NAE_ERA_R-2362_Emakeele_Selts, lk 11
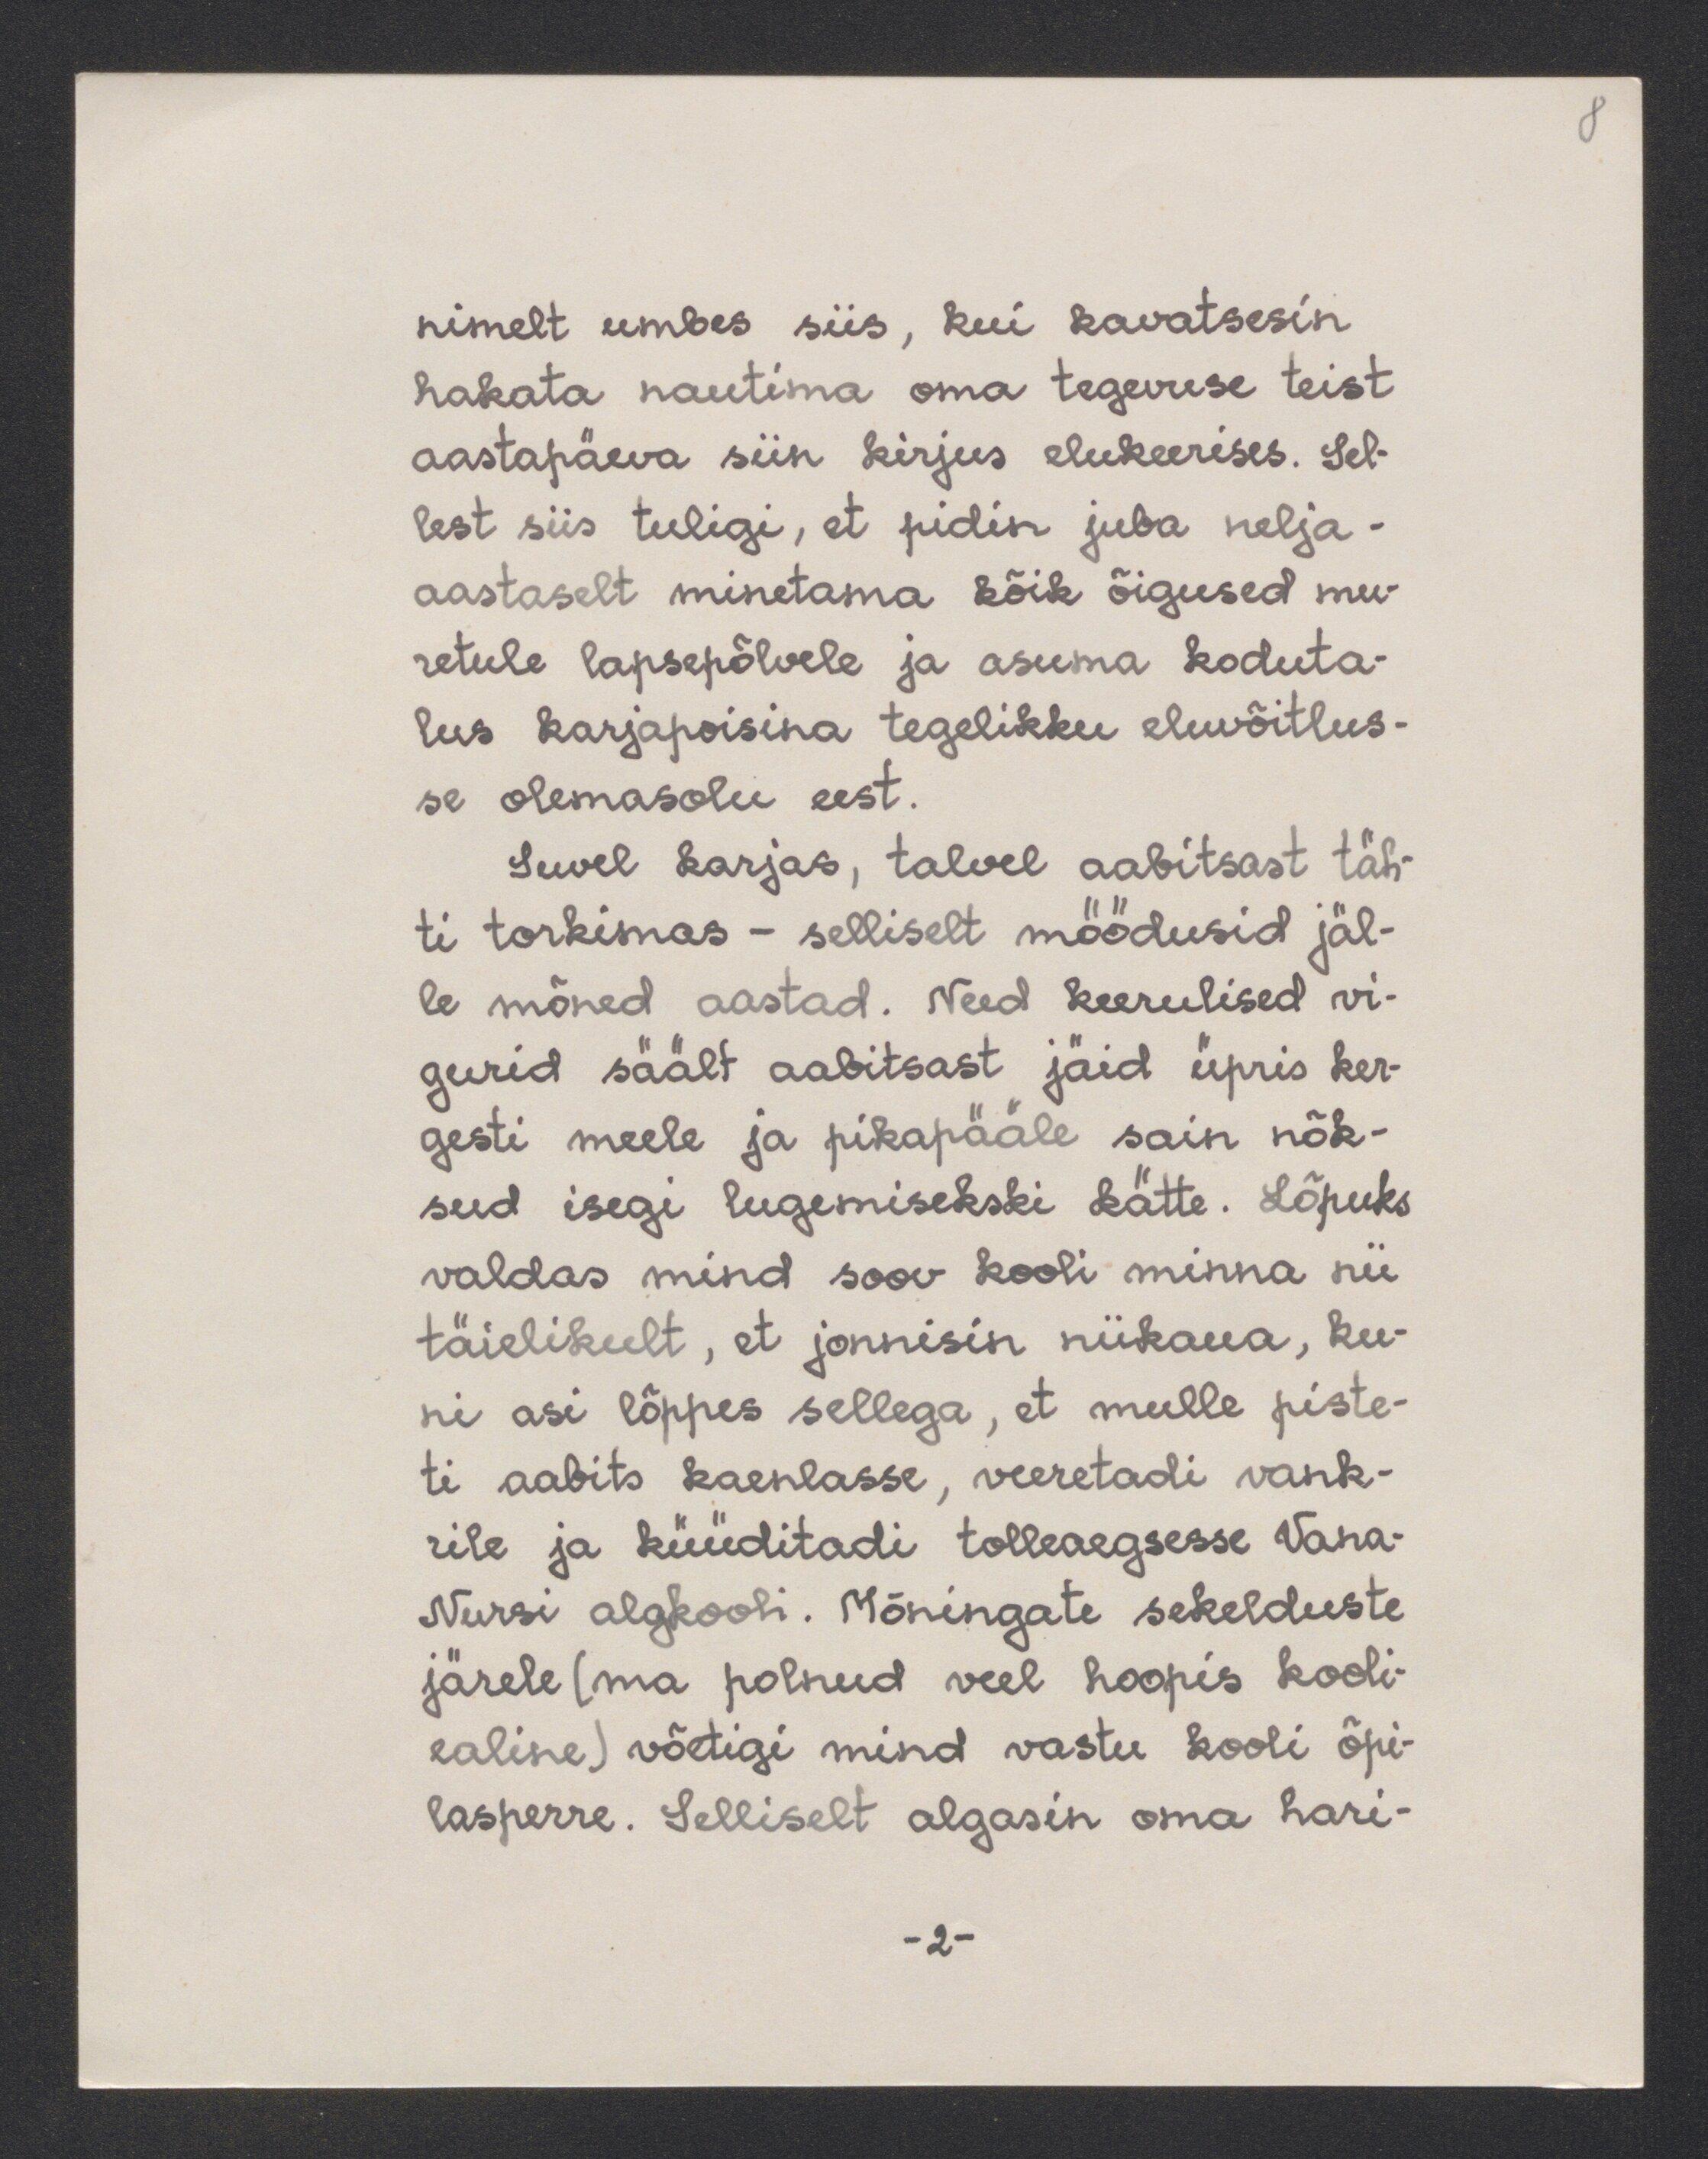
8

nimelt umbes siis, kui kavatsesin
hakata nautima oma tegevuse teist
aastapäeva siin kirjus elukeerises. Sel-
lest siis tuligi, et pidin juba nelja-
aastaselt minetama kõik õigused mu-
retule lapsepõlvele ja asuma koduta-
lus karjapoisina tegelikku eluvõitlus-
se olemasolu eest.
Suvel karjas, talvel aabitsast täh-
ti torkimas - selliselt möödusid jäl-
le mõned aastad. Need keerulised vi-
gurid säält aabitsast jäid üpris ker-
gesti meele ja pikapääle sain nõk-
sud isegi lugemisekski kätte. Lõpuks
valdas mind soov kooli minna nii
täielikult, et jonnisin niikaua, ku-
ni asi lõppes sellega, et mulle piste-
ti aabits kaenlasse, veeretadi vank-
rile ja küüditadi tolleaegsesse Vana-
Nursi algkooli. Mõningate sekelduste
järele (ma polnud veel hoopis kooli-
ealine) võetigi mind vastu kooli õpi-
lasperre. Selliselt algasin oma hari-
-2-